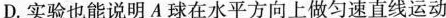
D.实验也能说明 A 球在水平方向上做匀速直线运动